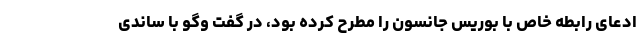
ادعای رابطه خاص با بوریس جانسون را مطرح کرده بود، در گفت وگو با ساندی